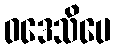
ဝဒေသိပေ